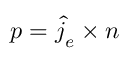
\boldsymbol { p } = \boldsymbol { \hat { j } } _ { e } \times \boldsymbol { n }